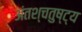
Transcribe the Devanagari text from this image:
अंतश्चतुष्ट्य